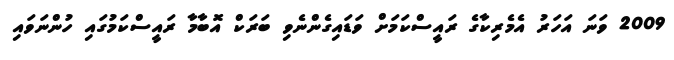
2009 ވަނަ އަހަރު އެމެރިކާގެ ރައީސްކަމަށް ވަޑައިގެންނެވި ބަރަކް އޮބާމާ ރައީސްކަމުގައި ހުންނަވައި